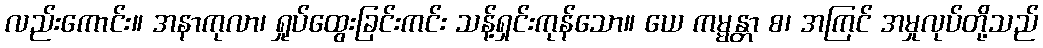
လည်းကောင်း။ အနာကုလာ၊ ရှုပ်ထွေးခြင်းကင်း သန့်ရှင်းကုန်သော။ ယေ ကမ္မန္တာ စ၊ အကြင် အမှုလုပ်တို့သည်